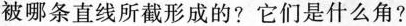
被哪条直线所截形成的?它们是什么角?